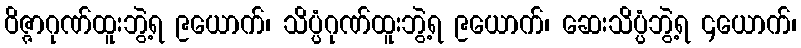
ဝိဇ္ဇာဂုဏ်ထူးဘွဲ့ရ ၉ယောက်၊ သိပ္ပံဂုဏ်ထူးဘွဲ့ရ ၉ယောက်၊ ဆေးသိပ္ပံဘွဲ့ရ ၄ယောက်၊